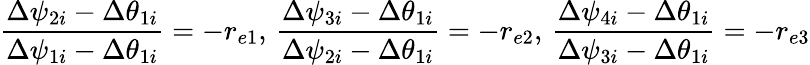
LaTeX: \frac{\Delta\psi_{2i}-\Delta\theta_{1i}}{\Delta\psi_{1i}-\Delta\theta_{1i}}=-r_{e1},\, \frac{\Delta\psi_{3i}-\Delta\theta_{1i}}{\Delta\psi_{2i}-\Delta\theta_{1i}}=-r_{e2},\, \frac{\Delta\psi_{4i}-\Delta\theta_{1i}}{\Delta\psi_{3i}-\Delta\theta_{1i}}=-r_{e3}